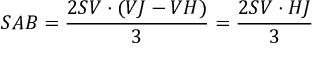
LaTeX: S A B = { \frac { 2 S V \cdot ( V J - V H ) } { 3 } } = { \frac { 2 S V \cdot H J } { 3 } }